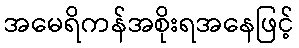
အမေရိကန်အစိုးရအနေဖြင့်